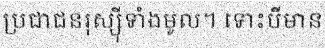
ប្រជាជនរុស្ស៊ីទាំងមូល។ ទោះបីមាន